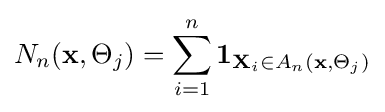
N_{n}(\mathbf {x} ,\Theta _{j})=\sum _{i=1}^{n}\mathbf {1} _{\mathbf {X} _{i}\in A_{n}(\mathbf {x} ,\Theta _{j})}